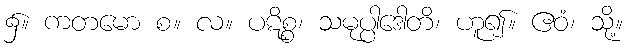
၌။ ကတမော စ။ လ။ ပဋိစ္စ၊ သမုပ္ပါဒေါတိ၊ ဟူ၍။ ဧဝံ၊ သို့။